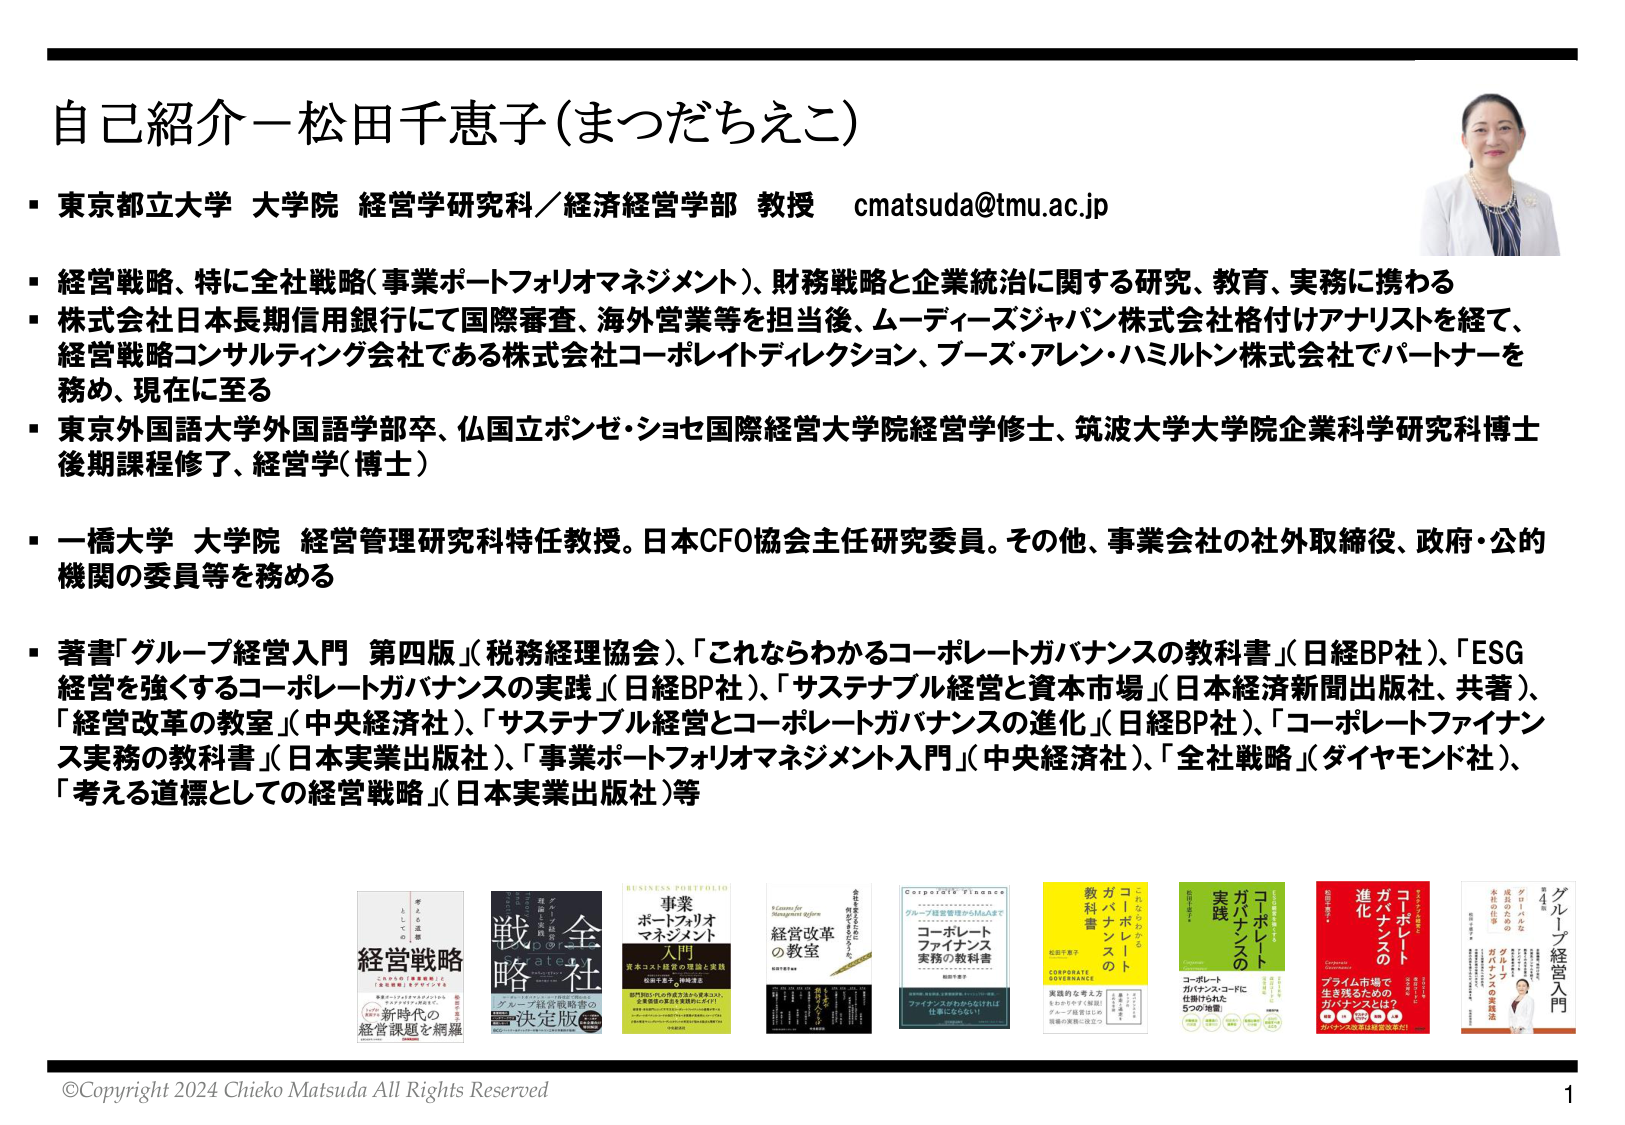
自己紹介－松田千恵子（まつだちえこ）

・東京都立大学 大学院 経営学研究科／経済経営学部 教授 cmatsuda@tmu.ac.jp

・経営戦略、特に全社戦略（事業ポートフォリオマネジメント）、財務戦略と企業統治に関する研究、教育、実務に携わる

・株式会社日本長期信用銀行にて国際審査、海外営業等を担当後、ムーディーズジャパン株式会社格付けアナリストを経て、経営戦略コンサルティング会社である株式会社コーポレイトディレクション、ブーズ・アレン・ハミルトン株式会社でパートナーを務め、現在に至る

・東京外国語大学外国語学部卒、仏国立ポンゼ・ショセ国際経営大学院経営学修士、筑波大学大学院企業科学研究科博士後期課程修了、経営学（博士）

・一橋大学 大学院 経営管理研究科特任教授。日本CFO協会主任研究委員。その他、事業会社の社外取締役、政府・公的機関の委員等を務める

・著書「グループ経営入門 第四版」（税務経理協会）、「これならわかるコーポレートガバナンスの教科書」（日経BP社）、「ESG経営を強くするコーポレートガバナンスの実践」（日経BP社）、「サステナブル経営と資本市場」（日本経済新聞出版社、共著）、「経営改革の教室」（中央経済社）、「サステナブル経営とコーポレートガバナンスの進化」（日経BP社）、「コーポレートファイナンス実務の教科書」（日本実業出版社）、「事業ポートフォリオマネジメント入門」（中央経済社）、「全社戦略」（ダイヤモンド社）、「考える道標としての経営戦略」（日本実業出版社）等

経営戦略
新時代の
経営課題を網羅

全社
戦略
グレード経営戦略の
決定版

BUSINESS PORTFOLIO
事業
ポートフォリオ
マネジメント
入門
資本コスト経営の理論と実践

経営改革
の教室

Corporate Finance
これならわかる
コーポレート
ファイナンス
実務の教科書

これならわかる
コーポレート
ガバナンスの
教科書

コーポレート
ガバナンスの
実践

コーポレート
ガバナンスの
進化
アライム市場で
生き残るための
ガバナンスとは？

グループ経営入門
第4版
グローバルな
成長のための
本社の仕事
ガバナンスの実践

©Copyright 2024 Chieko Matsuda All Rights Reserved

1